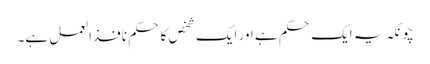
چونکہ یہ ایک حکم ہے اور ایک شخص کا حکم نافذالعمل ہے۔